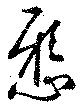
懸